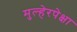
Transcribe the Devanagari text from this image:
मुल्हेरपेक्षा